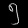
Digit: ၅